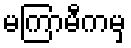
မကြာမီကမှ